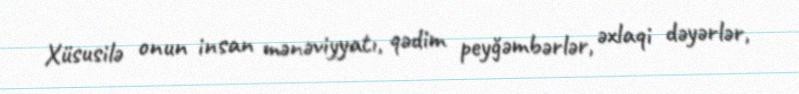
Xüsusilə onun insan mənəviyyatı, qədim peyğəmbərlər, əxlaqi dəyərlər,